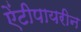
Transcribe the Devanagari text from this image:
ऐंटीपायरीन